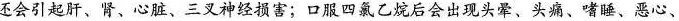
还会引起肝、肾、心脏、三叉神经损害；口服四氯乙烷后会出现头晕、头痛、嗜睡、恶心、